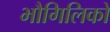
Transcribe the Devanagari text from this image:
भौगिलिकों